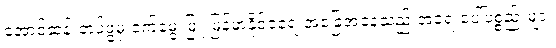
အောင်ဆန်းတပ်ဖွဲ့မှ ဝက်မွေးမြူ မြန်မာ့နိုင်ငံရေးအခြေအနေသည် အရေးပေါ်ပစ္စည်းများ